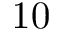
1 0